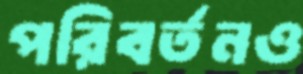
পরিবর্তনও